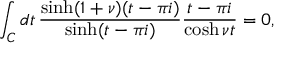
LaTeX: \int _ { C } d t \, \frac { \sinh ( 1 + \nu ) ( t - \pi i ) } { \sinh ( t - \pi i ) } \frac { t - \pi i } { \cosh \nu t } = 0 ,